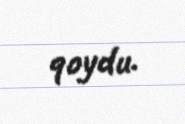
qoydu.